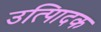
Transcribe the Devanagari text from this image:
उत्पािदक